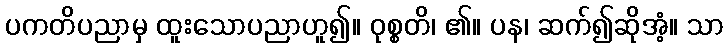
ပကတိပညာမှ ထူးသောပညာဟူ၍။ ဝုစ္စတိ၊ ၏။ ပန၊ ဆက်၍ဆိုအံ့။ သာ